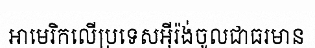
អាមេរិកលើប្រទេសអ៊ីរ៉ង់ចូលជាធរមាន